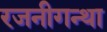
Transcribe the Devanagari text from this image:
रजनीगन्था